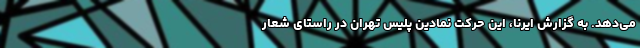
می‌دهد. به گزارش ایرنا، این حرکت نمادین پلیس تهران در راستای شعار